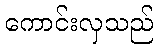
ကောင်းလှသည်